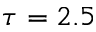
\tau = 2 . 5